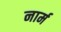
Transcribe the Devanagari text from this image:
नार्म